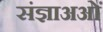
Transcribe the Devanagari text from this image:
संज्ञाअओं